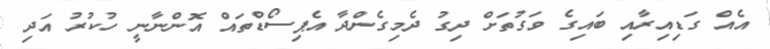
އެއް ގަޑިއިރާއި ބައިގެ ވަގުތަށް ދިގު ދެމިގެންދާ އެޕިސޯޑްތައް އޮންނާނީ ހުކުރު އަދި